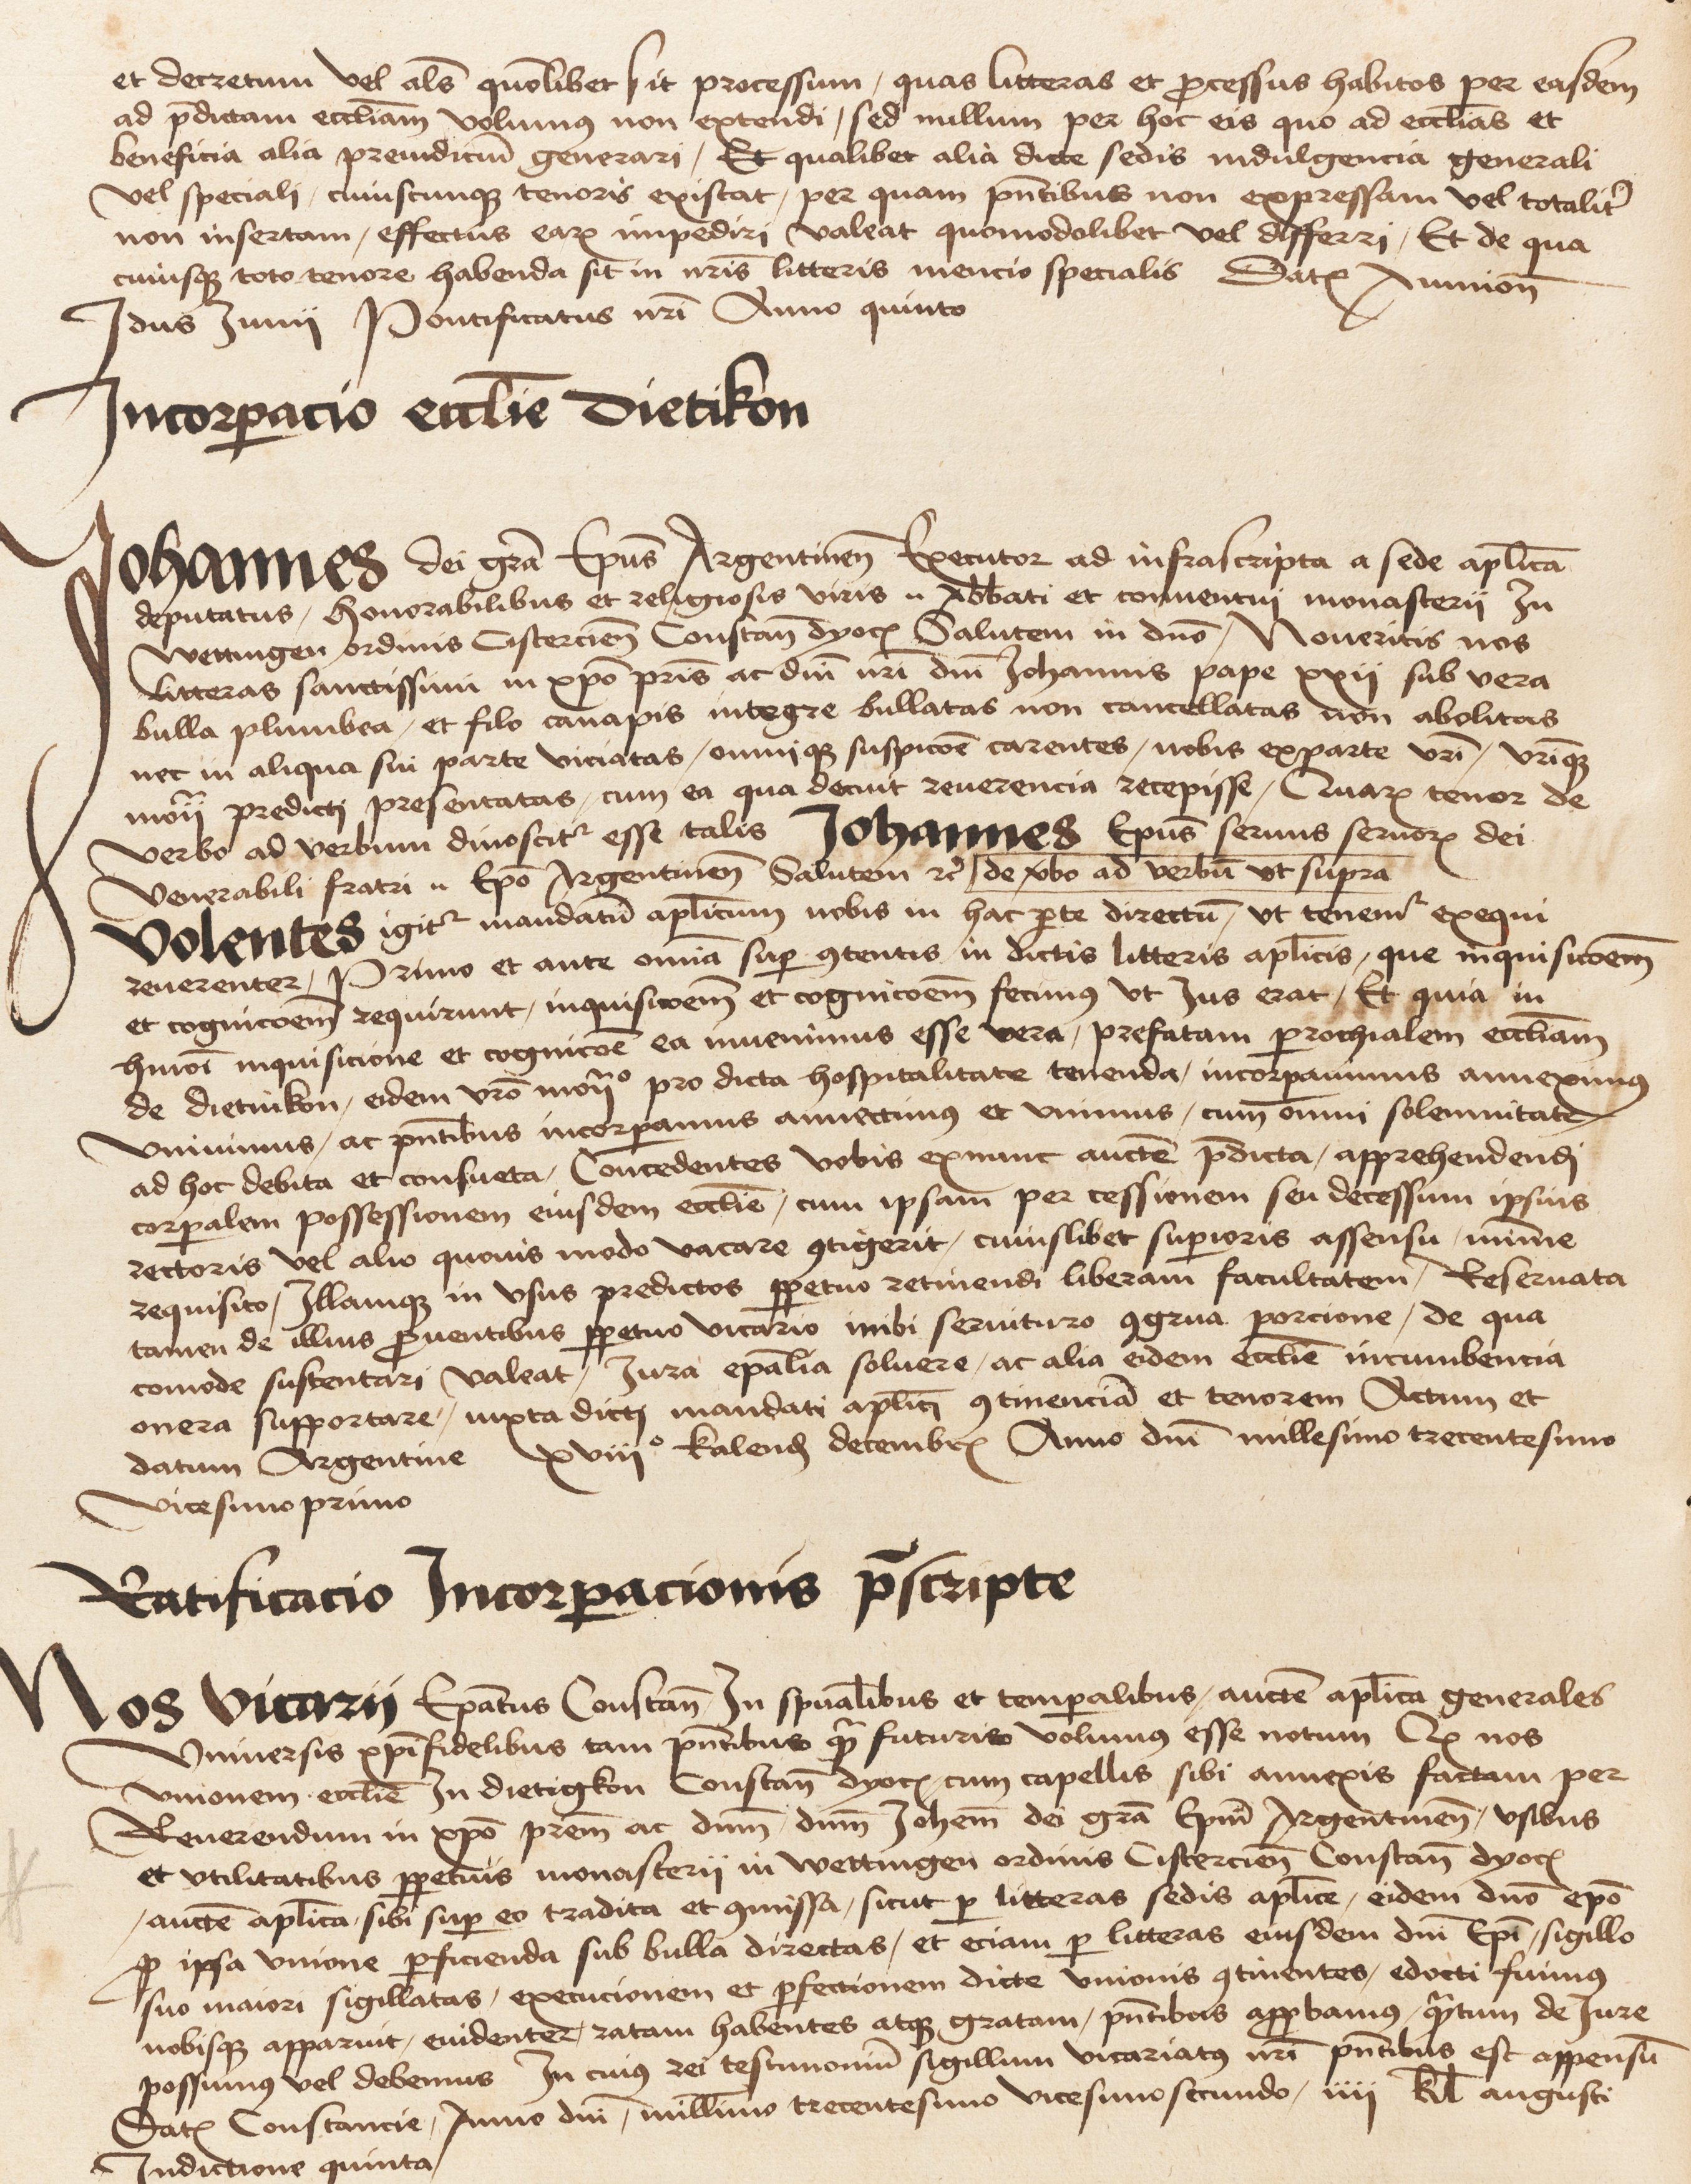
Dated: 1475–1505